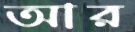
আর